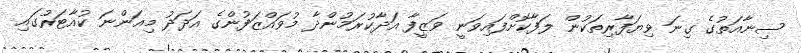
ސިނާއަތުގެ ގިނަ ވިޔަފާރިތަކުން ލަފާކޮށްފައިވަނީ ވަޒީފާ އަދާކުރަމުންދާ މުވައްޒަފުންގެ އަދަދު މިއަންނަ ކުއާޓަރުގައި